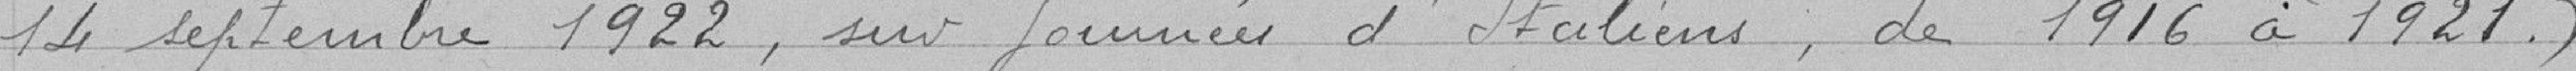
14 septembre 1922, sur journées d'Italiens, de 1916 à 1921)